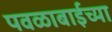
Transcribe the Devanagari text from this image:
पवळाबाईच्या